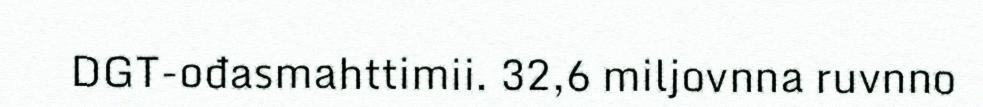
DGT-ođasmahttimii. 32,6 miljovnna ruvnno